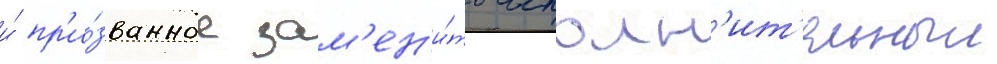
и́ пр'и́званное зам'ен'и́ть исполн'ит'ельныи